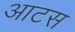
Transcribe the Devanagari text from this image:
आटस